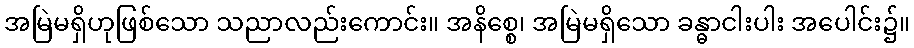
အမြဲမရှိဟုဖြစ်သော သညာလည်းကောင်း။ အနိစ္စေ၊ အမြဲမရှိသော ခန္ဓာငါးပါး အပေါင်း၌။